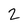
Character: 2